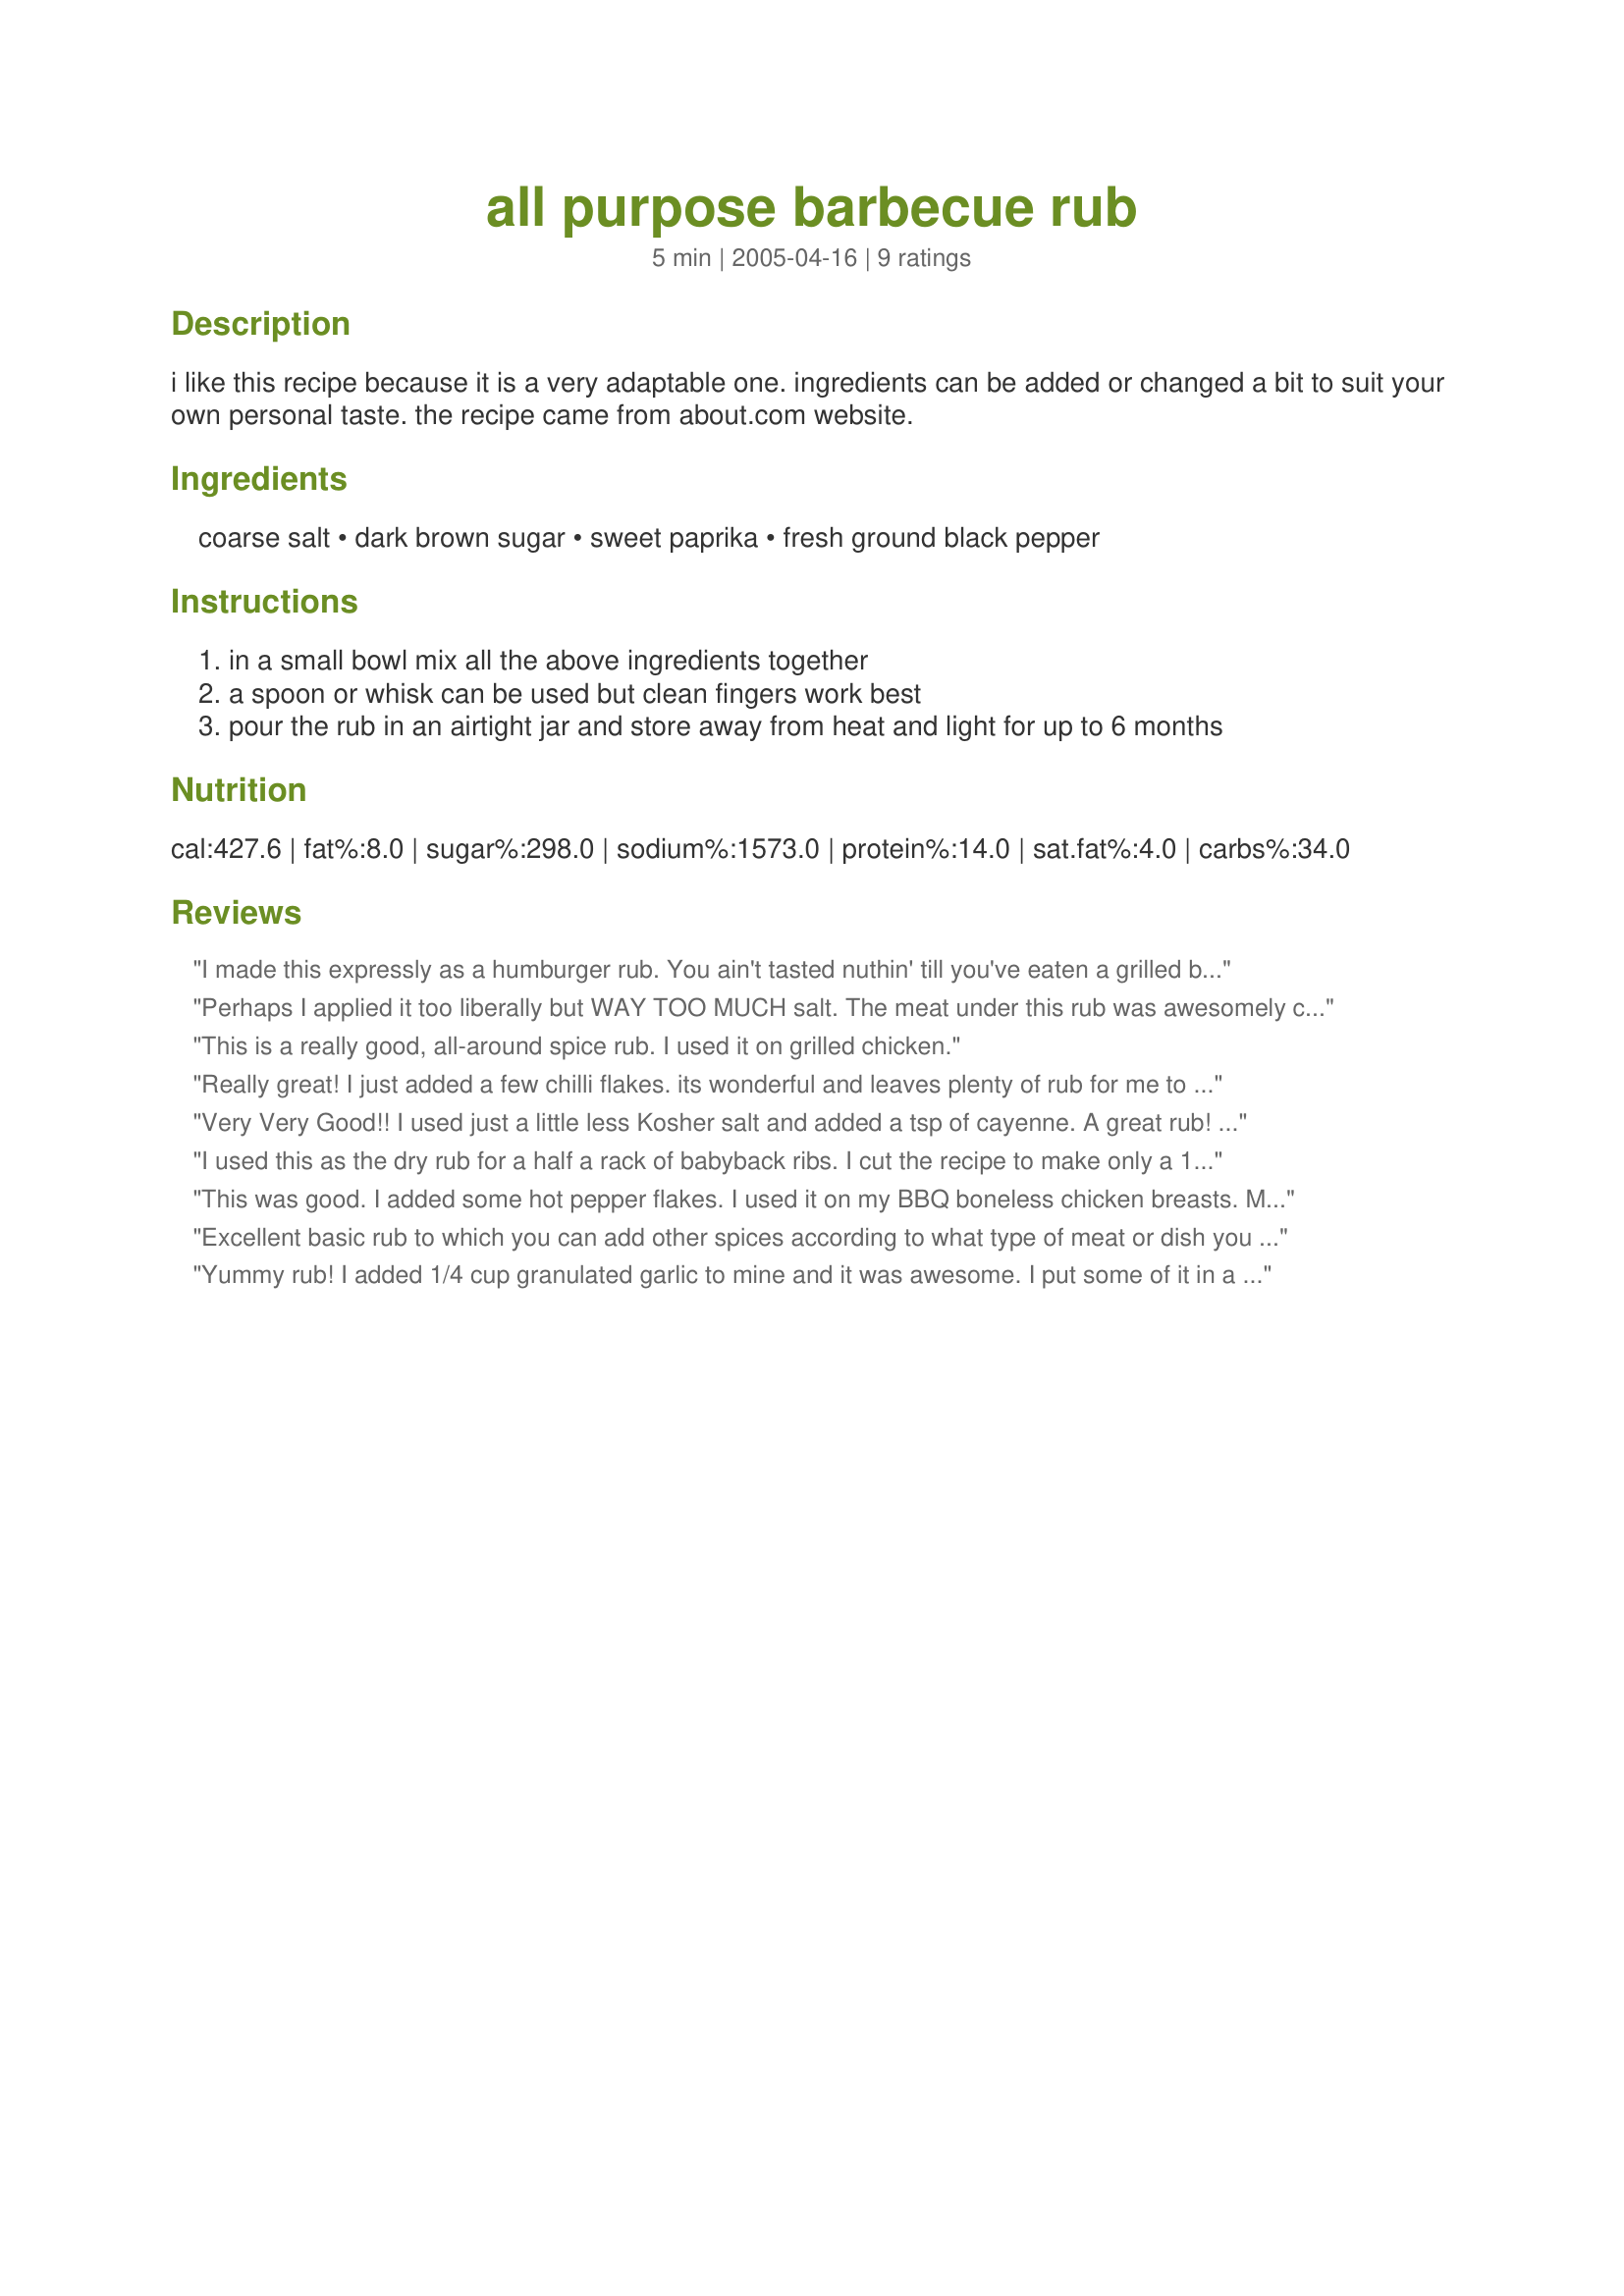
all purpose barbecue rub
Preparation time: 5 minutes

i like this recipe because it is a very adaptable one. ingredients can be added or changed a bit to suit your own personal taste. the recipe came from about.com website.

Ingredients:
coarse salt, dark brown sugar, sweet paprika, fresh ground black pepper

Steps:
in a small bowl mix all the above ingredients together
a spoon or whisk can be used but clean fingers work best
pour the rub in an airtight jar and store away from heat and light for up to 6 months

Reviews:
I made this expressly as a humburger rub. You ain't tasted nuthin' till you've eaten a grilled burger with that's been rubbed! Made for Everyday is a Holiday.
Perhaps I applied it too liberally but WAY TOO MUCH salt. The meat under this rub was awesomely cooked - falling off the bone tender. Made for CQ 14.
This is a really good, all-around spice rub. I used it on grilled chicken.
Really great! I just added a few chilli flakes. its wonderful and leaves plenty of rub for me to use again, I did not Barbecue it, as there is snow on the ground!

I used my George Foreman Grill to cook for just 4 minutes in total, turning it once. Thanks so much for posting this. its going to be on my menu in future for sure!
Very Very Good!!
I used just a little less Kosher salt and added a tsp of cayenne.
A great rub! I rubbed it on our chicken in the morning, grilled in the evening! Thanks Lori!

I used this as the dry rub for a half a rack of babyback ribs. I cut the recipe to make only a 1/4 of the recipe. I added garlic powder in the same amount of the pepper and this was a wonderful rub. This is similar to a rub my DH makes for bbq but I think he adds cayenne pepper to the mix. I still have enough for at least one more bbq. Thanks for sharing Lauralie!! Made for 123 tag.
This was good. I added some hot pepper flakes. I used it on my BBQ boneless chicken breasts. Made for Cooking With Kids Forum Tag Game.
Excellent basic rub to which you can add other spices according to what type of meat or dish you are making. Next time I will use fine salt since the coarse is difficult to rub in.
Yummy rub! I added 1/4 cup granulated garlic to mine and it was awesome. I put some of it in a fancy little jar to give to my Dad as a gift. I know he's going to love it. Thanks, Lauralie!
